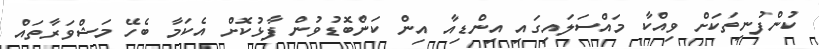
ކުންފުނިތަކަށް ވިއްކާ މައްސަލައިގައި އިންޑިއާ އިން ކަންބޮޑުވުން ފާޅުކޮށް އެކަމާ ބެހޭ މަޝްވަރާތައް